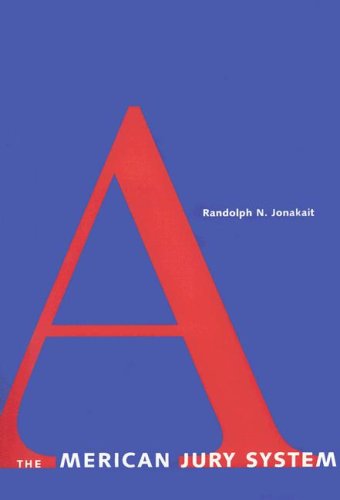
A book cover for The American Jury System (Yale Contemporary Law Series); Randolph N. Jonakait; Law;